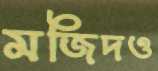
মজিদও